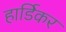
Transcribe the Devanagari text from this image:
हार्डिकर